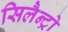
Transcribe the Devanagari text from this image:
सिलैन्ट्रो